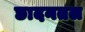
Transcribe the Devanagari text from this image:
छादनतल